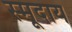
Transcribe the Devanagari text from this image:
स्मूदाय